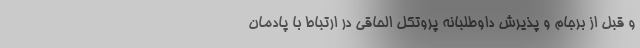
و قبل از برجام و پذیرش داوطلبانه پروتکل الحاقی در ارتباط با پادمان